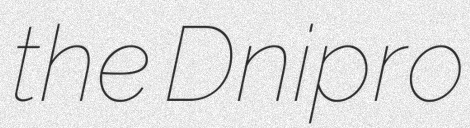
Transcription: the Dnipro